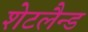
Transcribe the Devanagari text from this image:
शेटलैन्ड